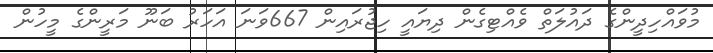
މުވައްހިދީންގެ ދައުލަތް ވެއްޓިގެން ދިޔައީ ހިޖުރައިން 667ވަނަ އަހަރު ބަނޫ މަރީންގެ މީހުން